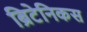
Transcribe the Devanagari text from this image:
ब्रिटेनिकस